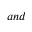
a n d